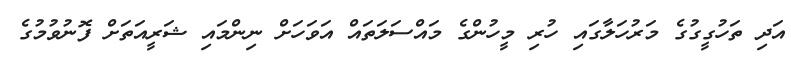
އަދި ތަހުގީގުގެ މަރުހަލާގައި ހުރި މީހުންގެ މައްސަލަތައް އަވަހަށް ނިންމައި ޝަރީއަތަށް ފޮނުވުމުގެ